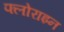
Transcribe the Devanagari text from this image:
फ्लोराइन